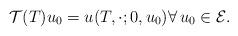
LaTeX: \begin{align*} \mathcal{T} (T)u_0=u( T,\cdot; 0,u_0)\forall \, u_0\in\mathcal{E}.\end{align*}